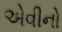
એવીનો